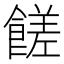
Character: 𩝭